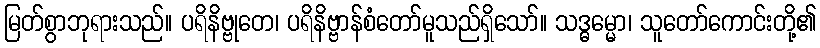
မြတ်စွာဘုရားသည်။ ပရိနိဗ္ဗုတေ၊ ပရိနိဗ္ဗာန်စံတော်မူသည်ရှိသော်။ သဒ္ဓမ္မော၊ သူတော်ကောင်းတို့၏